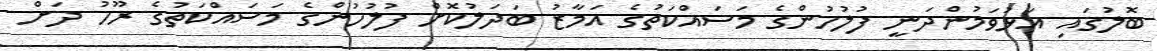
ބޮލުގައި އަޅުވަމުންދަނީ ފުލުހުންގެ މަސައްކަތުގެ އަމާޒު ބަދަލުކޮށް ފުލުހުންގެ މަސައްކަތުގެ ރޫހު ދަށް